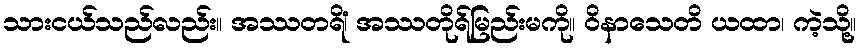
သားငယ်သည်လည်း။ အဿတရိံ၊ အဿတိုရ်မြည်းမကို။ ဝိနာသေတိ ယထာ၊ ကဲ့သို့။